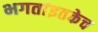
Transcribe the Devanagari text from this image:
भगतांइतकेच